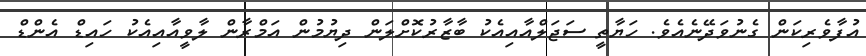
އުފާވެރިކަން ގެނުވަދޭނެއެވެ. ހަޔާތީ ސަޖަލްއާއިއެކު ބާޒާރުކޮށްލަން ދިޔުމުން އަމްރާން ލާވީއާއިއެކު ހައިޑް އެންޑް